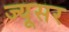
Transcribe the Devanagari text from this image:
ज्यूसर